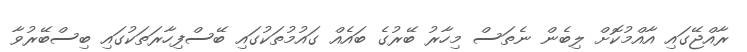
ރާއްޖޭގައި އާއްމުކޮށް ލިބެން ނެތަސް މިހާރު ބޭރުގެ ބައެއް ގައުމުތަކުގައި ބޭސްފިހާރަތަކުގައި ބިސްބޭރުވާ